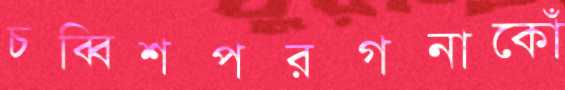
চব্বিশপরগনাকোঁ